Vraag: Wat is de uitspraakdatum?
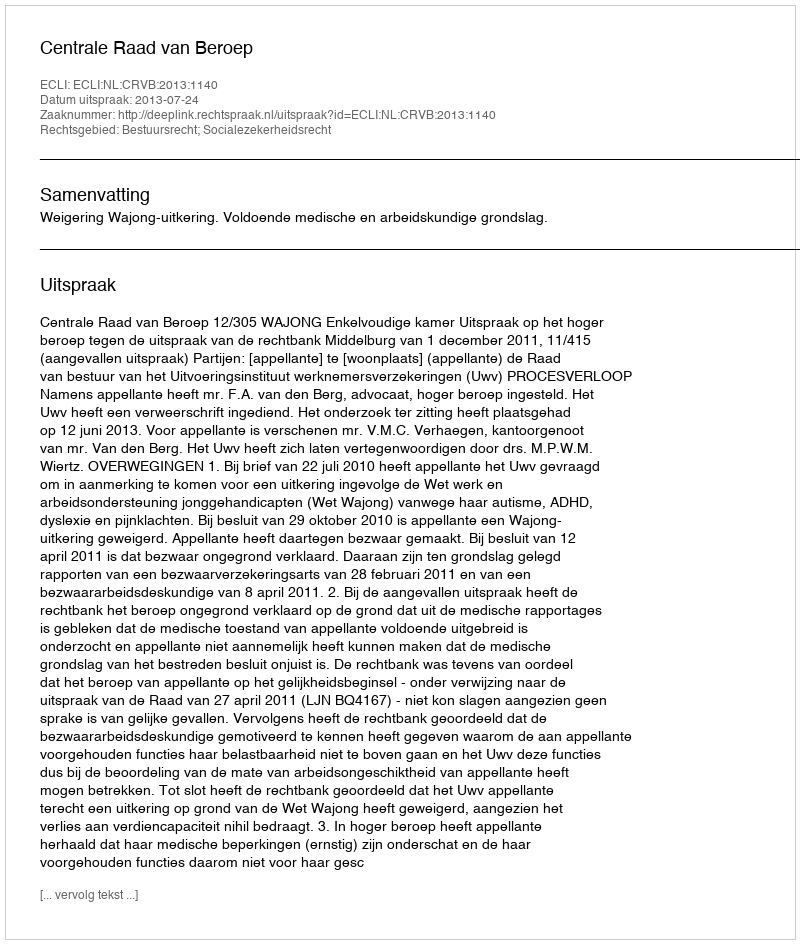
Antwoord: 2013-07-24